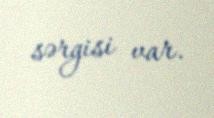
sərgisi var.